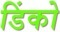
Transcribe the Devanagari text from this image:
डिंको